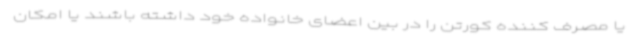
یا مصرف کننده کورتن را در بین اعضای خانواده خود داشته باشند یا امکان